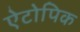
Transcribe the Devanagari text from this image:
ऐटोपिक